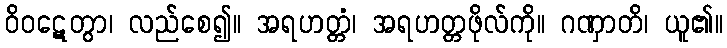
ဝိဝဋေတွာ၊ လည်စေ၍။ အရဟတ္တံ၊ အရဟတ္တဖိုလ်ကို။ ဂဏှာတိ၊ ယူ၏။